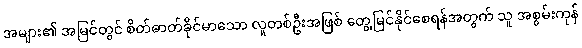
အများ၏ အမြင်တွင် စိတ်ဓာတ်ခိုင်မာသော လူတစ်ဦးအဖြစ် တွေ့မြင်နိုင်စေရန်အတွက် သူ အစွမ်းကုန်